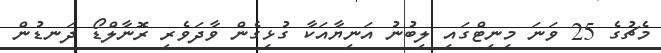
މެޗުގެ 25 ވަނަ މިނިޓްގައި ލިބުނު އަނިޔާއަކާ ގުޅިގެން ވާދަވެރި ރޮނާލްޑޯ ދަނޑުން